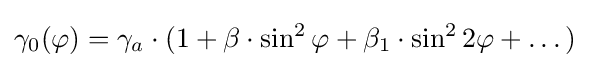
\gamma _{0}(\varphi )=\gamma _{a}\cdot (1+\beta \cdot \sin ^{2}\varphi +\beta _{1}\cdot \sin ^{2}2\varphi +\dots )